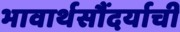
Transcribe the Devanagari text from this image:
भावार्थसौंदर्याची